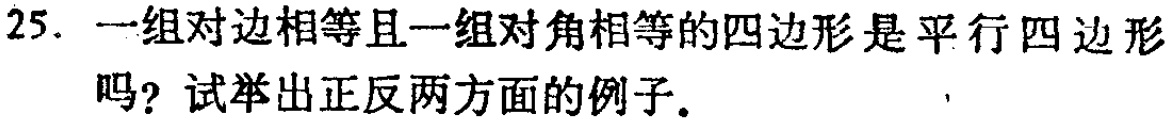
25. 一组对边相等且一组对角相等的四边形是平行四边形吗？试举出正反两方面的例子。